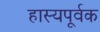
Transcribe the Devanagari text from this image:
हास्यपूर्वक